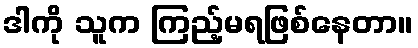
ဒါကို သူက ကြည့်မရဖြစ်နေတာ။